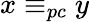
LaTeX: x\equiv_{pc}y